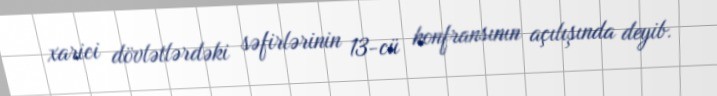
xarici dövlətlərdəki səfirlərinin 13-cü konfransının açılışında deyib.